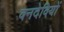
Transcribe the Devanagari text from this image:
वनदेवियों